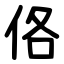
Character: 佫